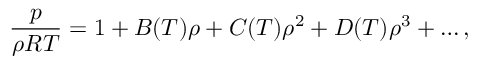
\frac { p } { \rho R T } = 1 + B ( T ) \rho + C ( T ) \rho ^ { 2 } + D ( T ) \rho ^ { 3 } + \ldots ,